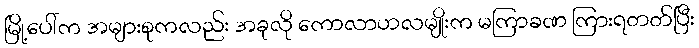
မြို့ပေါ်က အများစုကလည်း အခုလို ကောလာဟလမျိုးက မကြာခဏ ကြားရတတ်ပြီး